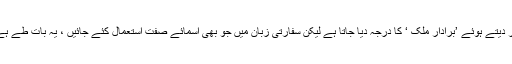
اگرچہ سعودی عرب کو پاکستان کا بہترین دوست ملک قرار دیتے ہوئے ’برادار ملک ‘ کا درجہ دیا جاتا ہے لیکن سفارتی زبان میں جو بھی اسمائے صفت استعمال کئے جائیں ، یہ بات طے ہے کہ کوئی ملک اپنا مفاد دیکھے بغیر امداد فراہم نہیں کرتا۔